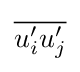
{\overline {u_{i}^{\prime }u_{j}^{\prime }}}